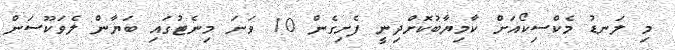
މި ލަނޑު މެކްސިކޯއަށް ކާމިޔާބުކޮށްދިނީ ފެށިގެން 10 ވަނަ މިނެޓުގައި ބަޔާން ލެވަކޫސަން